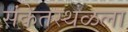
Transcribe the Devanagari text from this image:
संकेतस्थळला